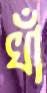
খাঁ